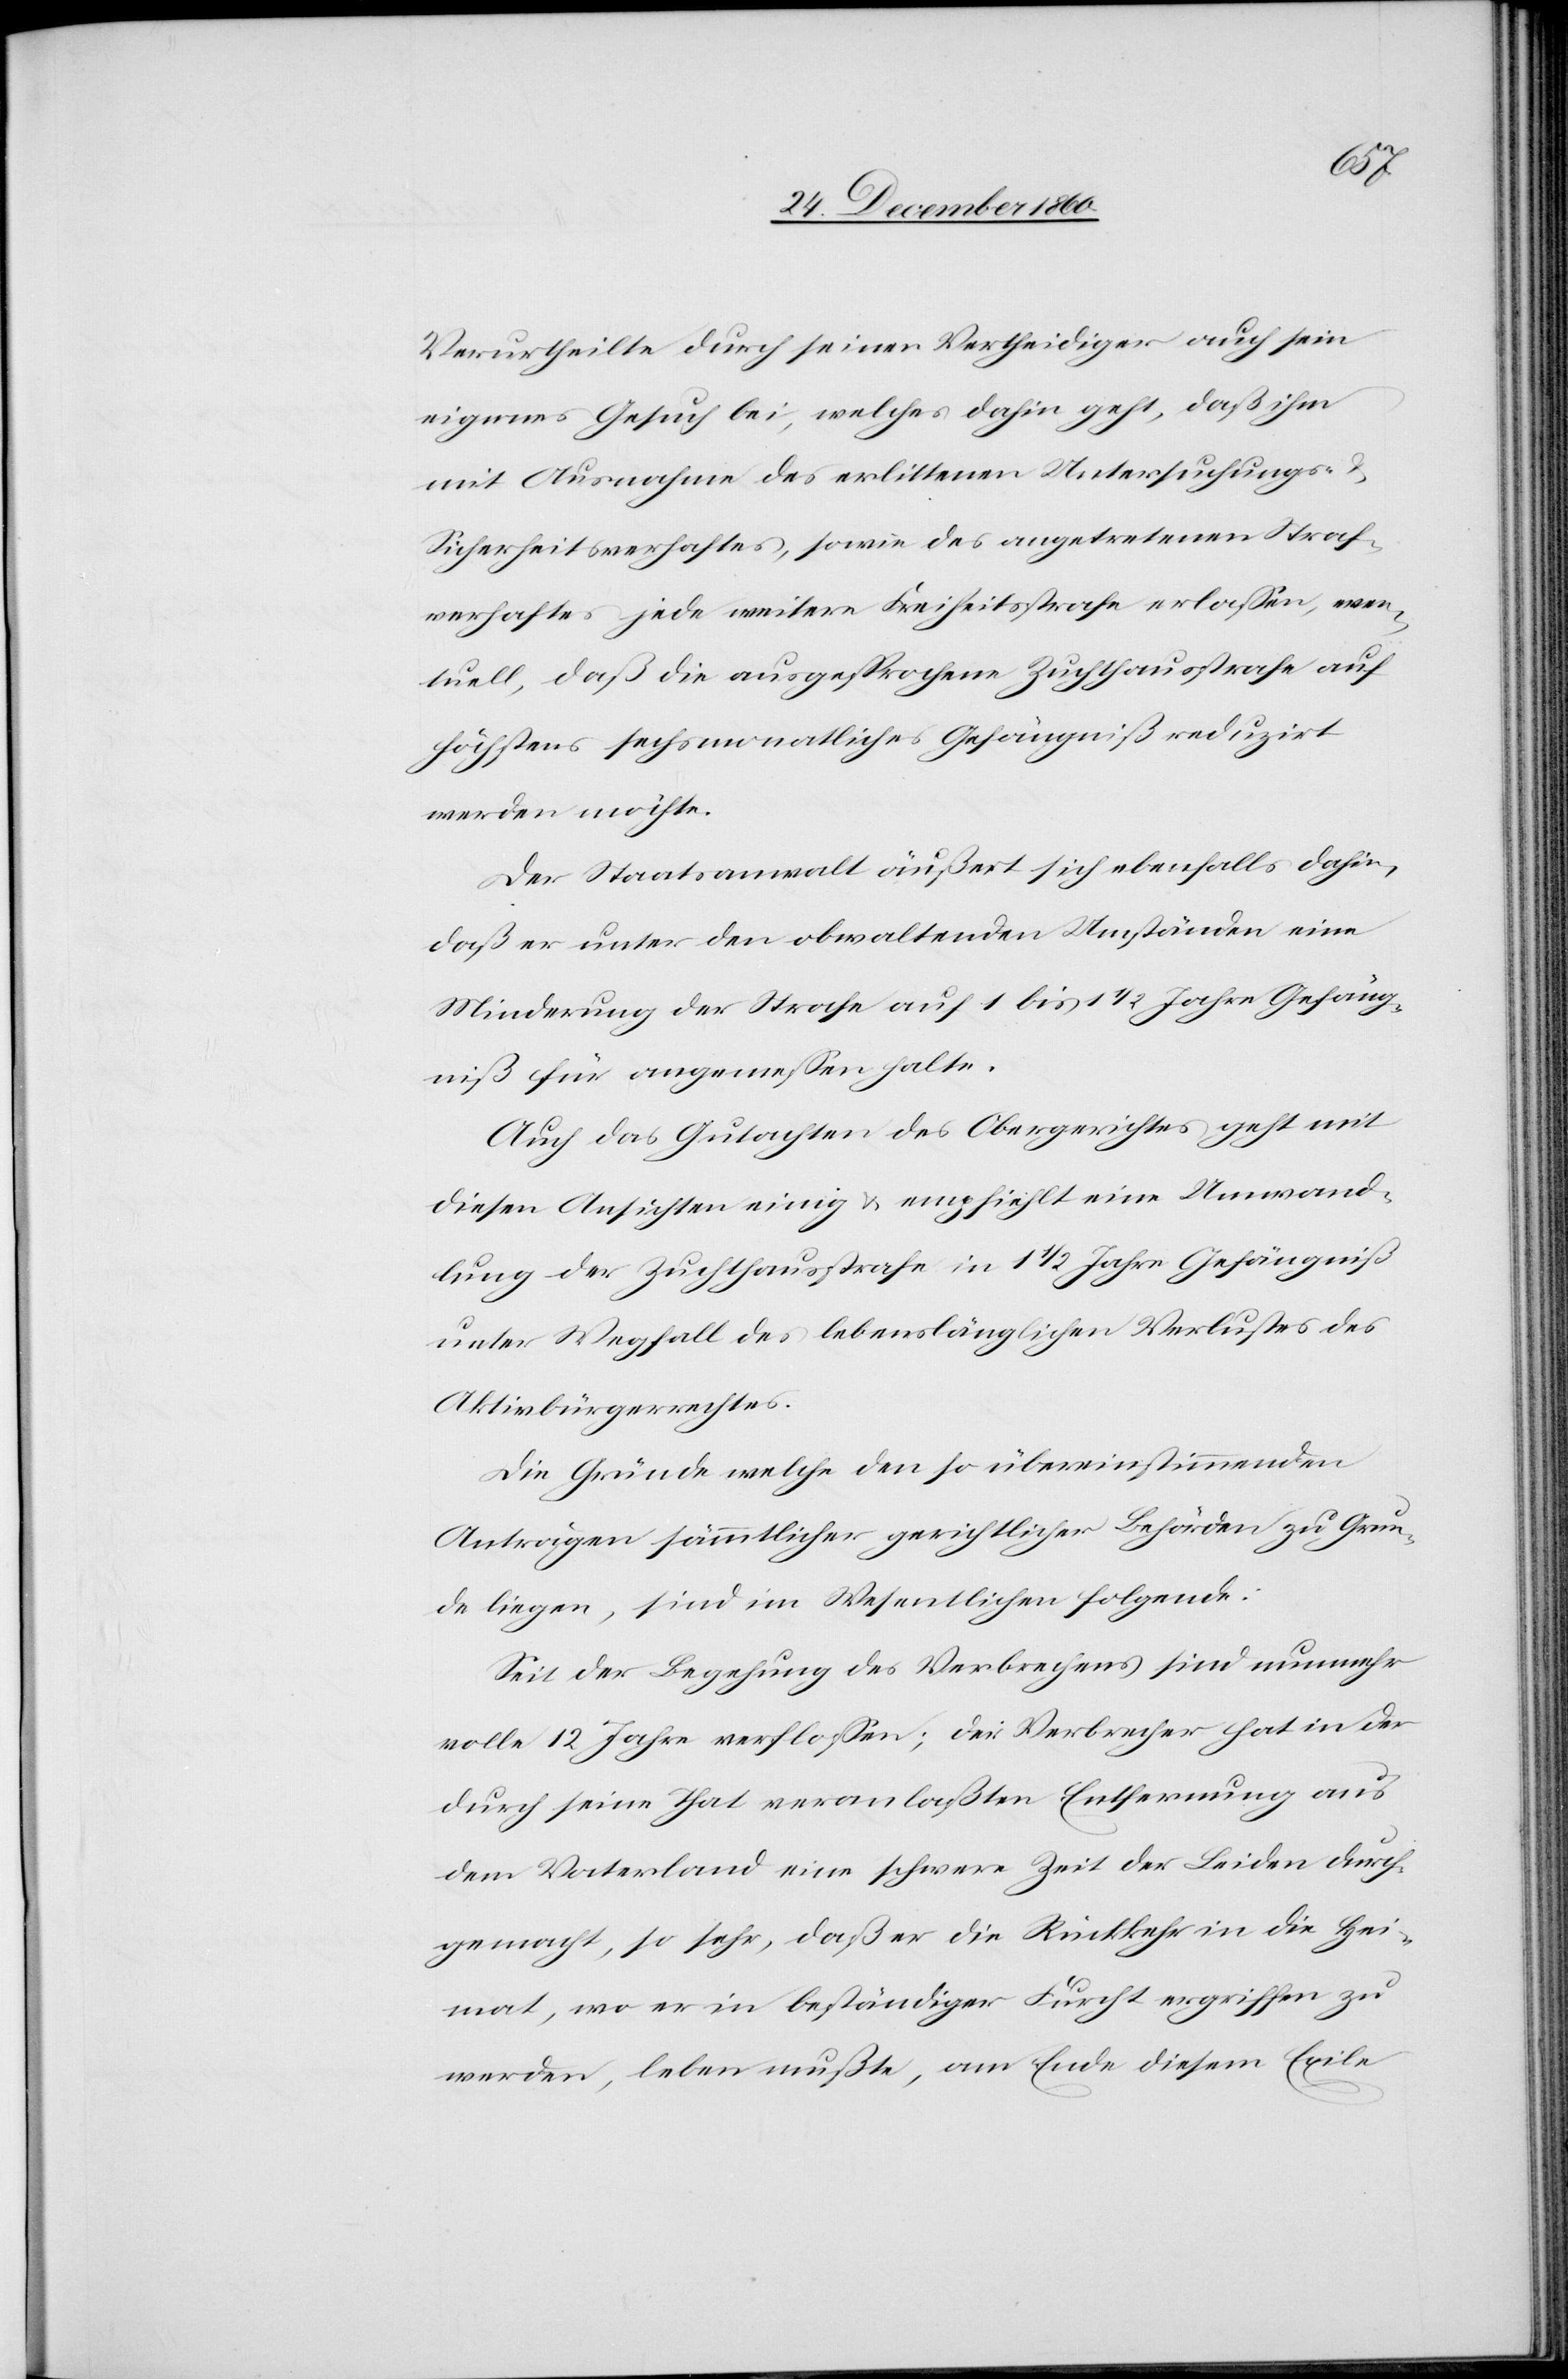
Verurtheilte durch seinen Vertheidiger auch sein
eigenes Gesuch bei, welches dahin geht, daß ihm
mit Ausnahme des erlittenen Untersuchungs-
Sicherheitsverhaftes, sowie des angetretenen Straf¬
verhaftes jede weitere Freiheitsstrafe erlassen, even¬
tuell, daß die ausgesprochene Zuchthausstrafe auf
höchstens sechsmonatliches Gefängniß reduzirt
werden möchte.
Der Staatsanwalt äußert sich ebenfalls dahin,
daß er unter den obwaltenden Umständen eine
Minderung der Strafe auf 1 bis 1 1/2 Jahre Gefäng¬
niß für angemessen halte.
Auch das Gutachten des Obergerichtes geht mit
diesen Ansichten einig u. empfiehlt eine Umwand¬
lung der Zuchthausstrafe in 1 1/2 Jahre Gefängniß
unter Wegfall des lebenslänglichen Verlustes des
Aktivbürgerrechtes.
Die Gründe welche den so übereinstimmenden
Anträgen sämmtlicher gerichtlicher Behörden zu Grun¬
de liegen, sind im Wesentlichen folgende:
Seit der Begehung des Verbrechens sind nunmehr
volle 12 Jahre verfloßen; der Verbrecher hat in der
durch seine That veranlaßten Entfernung aus
dem Vaterland eine schwere Zeit der Leiden durch¬
gemacht, so sehr, daß er die Rückkehr in die Hei¬
mat, wo er in beständiger Furcht ergriffen zu
werden, leben mußte, am Ende diesem Exile